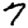
Digit: 7